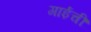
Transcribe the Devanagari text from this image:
गाईचीं